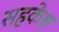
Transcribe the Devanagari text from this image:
सहकेश